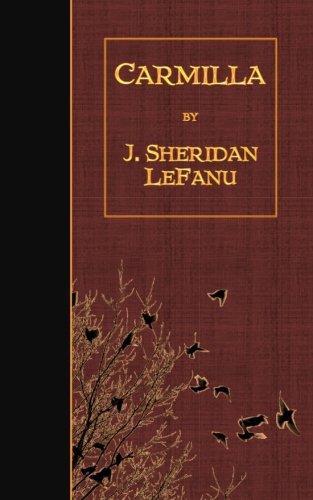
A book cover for Carmilla; J. Sheridan LeFanu; Literature & Fiction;